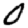
Digit: 0